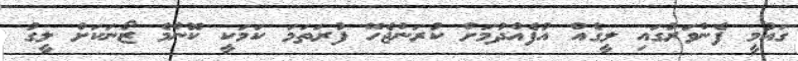
ގައުމީ ފެންވަރުގައި ލީގެއް އުފެއްދުމަށް ކުރަންޖެހޭ ފުރަތަމަ ކަމަކީ ކޮންމެ ޒޯނަކަށް ލީގު